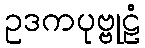
ဥဒကပုဗ္ဗုဠံ